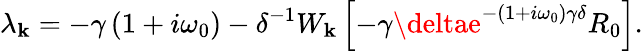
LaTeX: \lambda_{\mathbf{k}}=-\gamma\left(1+i\omega_{0}\right)-\delta^{-1}W_{\mathbf{k}}\left[-\gamma\deltae^{-\left(1+i\omega_{0}\right)\gamma\delta}R_{0}\right].